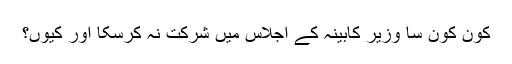
کون کون سا وزیر کابینہ کے اجلاس میں شرکت نہ کرسکا اور کیوں؟